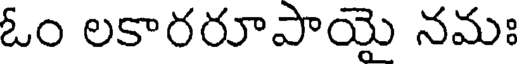
ఓం లకారరూపాయై నమః